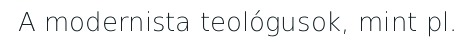
A modernista teológusok, mint pl.